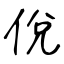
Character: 侻